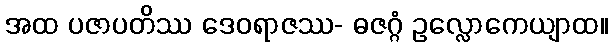
အထ ပဇာပတိဿ ဒေဝရာဇဿ- ဓဇဂ္ဂံ ဥလ္လောကေယျာထ။